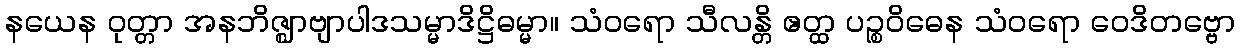
နယေန ဝုတ္တာ အနဘိဇ္ဈာဗျာပါဒသမ္မာဒိဋ္ဌိဓမ္မာ။ သံဝရော သီလန္တိ ဧတ္ထ ပဉ္စဝိဓေန သံဝရော ဝေဒိတဗ္ဗော